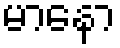
မာနော